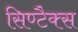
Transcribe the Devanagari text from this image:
सिण्टैक्स